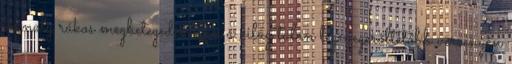
komoly rákos megbetegedés után a világ talán legmegerőltetőbb versenyén